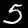
Digit: 5